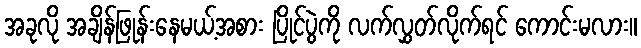
အခုလို အချိန်ဖြုန်းနေမယ့်အစား ပြိုင်ပွဲကို လက်လွှတ်လိုက်ရင် ကောင်းမလား။